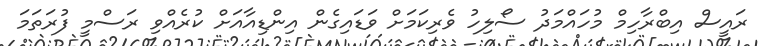
ރައީސް އިބްރާހިމް މުހައްމަދު ސޯލިހު ވެރިކަމަށް ވަޑައިގެން އިންޑިއާއަށް ކުރެއްވި ރަސްމީ ފުރަތަމަ